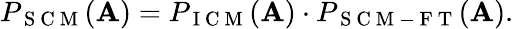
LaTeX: P_{\mathrm{~S~C~M~}}(\mathbf{A})=P_{\mathrm{~I~C~M~}}(\mathbf{A})\cdot P_{\mathrm{~S~C~M~-~F~T~}}(\mathbf{A}).